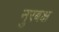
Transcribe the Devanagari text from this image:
नुरबक्ष